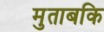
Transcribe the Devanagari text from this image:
मुताबकि